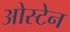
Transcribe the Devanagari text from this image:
ओस्टेन